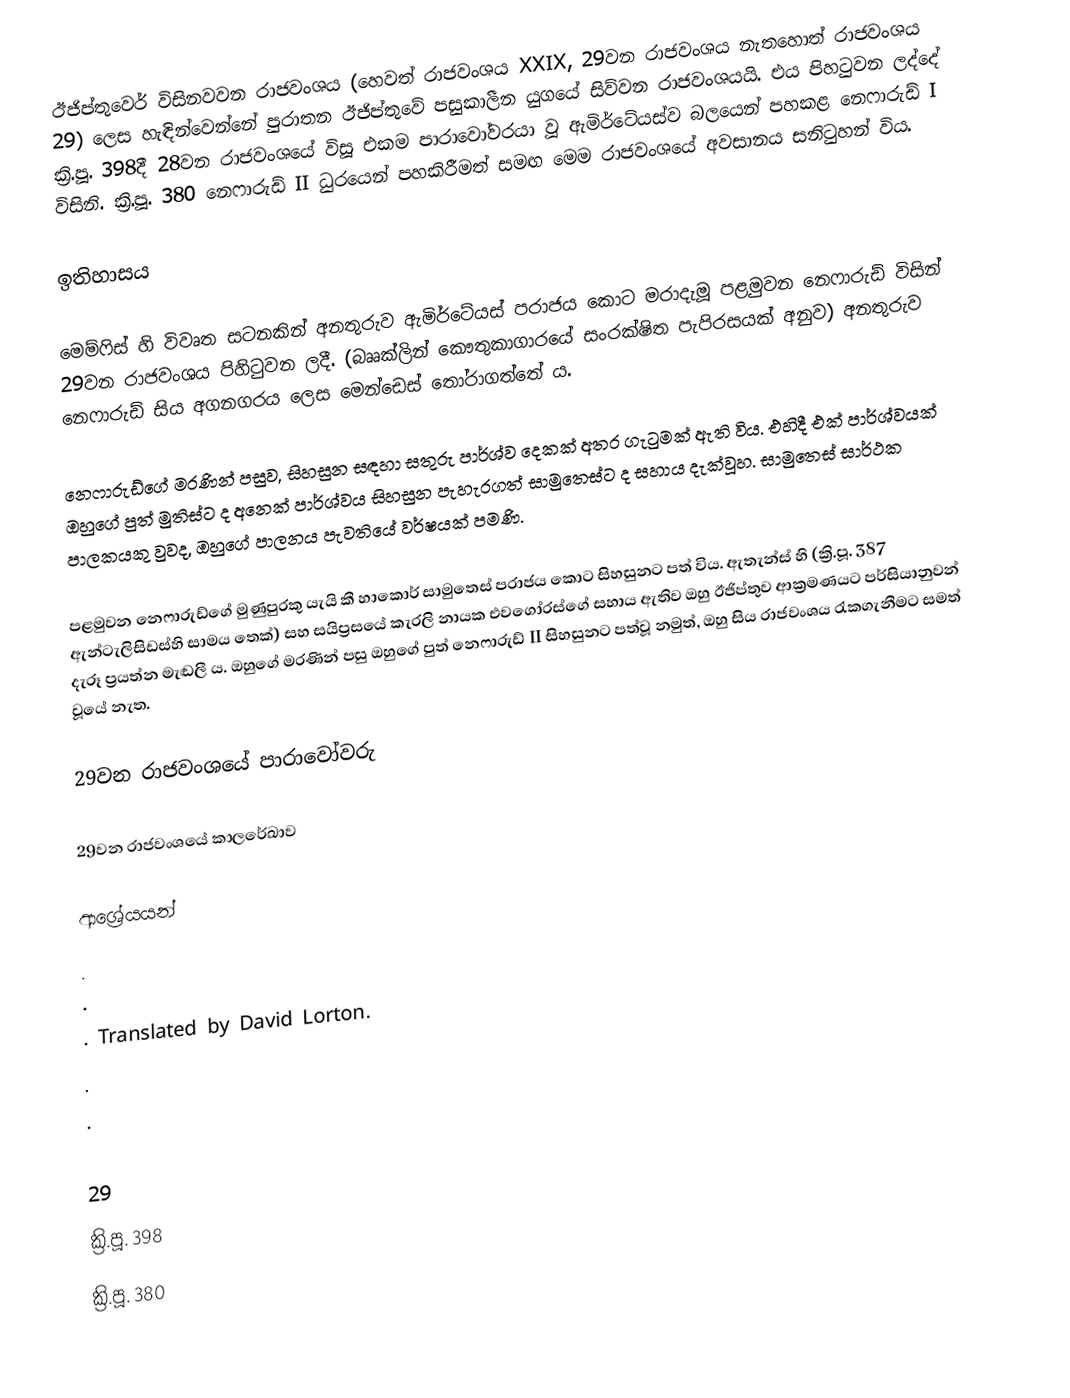
ඊජිප්තුවෙර් විසිනවවන රාජවංශය (හෙවත් රාජවංශය XXIX, 29වන රාජවංශය නැතහොත් රාජවංශය 29) ලෙස හැඳින්වෙන්නේ පුරාතන ඊජිප්තුවේ පසුකාලීන යුගයේ සිව්වන රාජවංශයයි. එය පිහටුවන ලද්දේ ක්‍රි.පූ. 398දී 28වන රාජවංශයේ විසූ එකම පාරාවෝවරයා වූ ඇමිර්ටේයස්ව බලයෙන් පහකළ නෙෆාරුඩ් I විසිනි. ක්‍රි.පූ. 380 නෙෆාරුඩ් II ධුරයෙන් පහකිරීමත් සමඟ මෙම රාජවංශයේ අවසානය සනිටුහන් විය.

ඉතිහාසය

මෙම්ෆිස් හි විවෘත සටනකින් අනතුරුව ඇමිර්ටේයස් පරාජය කොට මරාදැමූ පළමුවන නෙෆාරුඩ් විසින් 29වන රාජවංශය පිහිටුවන ලදී. (බෲක්ලින් කෞතුකාගාරයේ සංරක්ෂිත පැපිරසයක් අනුව) අනතුරුව නෙෆාරුඩ් සිය අගනගරය ලෙස මෙන්ඩෙස් තෝරාගත්තේ ය.

නෙෆාරුඩ්ගේ මරණින් පසුව, සිහසුන සඳහා සතුරු පාර්ශ්ව දෙකක් අතර ගැටුමක් ඇති විය. එහිදී එක් පාර්ශ්වයක් ඔහුගේ පුත් මුතිස්ට ද අනෙක් පාර්ශ්වය සිහසුන පැහැරගත් සාමුතෙස්ට ද සහාය දැක්වූහ. සාමුතෙස් සාර්ථක පාලකයකු වුවද, ඔහුගේ පාලනය පැවතියේ වර්ෂයක් පමණි.

පළමුවන නෙෆාරුඩ්ගේ මුණුපුරකු යැයි කී හාකොර් සාමුතෙස් පරාජය කොට සිහසුනට පත් විය. ඇතැන්ස් හි (ක්‍රි.පූ. 387 ඇන්ටැලිසිඩස්හි සාමය තෙක්) සහ සයිප්‍රසයේ කැරලි නායක එවගෝරස්ගේ සහාය ඇතිව ඔහු ඊජිප්තුව ආක්‍රමණයට පර්සියානුවන් දැරූ ප්‍රයත්න මැඬලී ය. ඔහුගේ මරණින් පසු ඔහුගේ පුත් නෙෆාරුඩ් II සිහසුනට පත්වූ නමුත්, ඔහු සිය රාජවංශය රැකගැනීමට සමත් වූයේ නැත.

29වන රාජවංශයේ පාරාවෝවරු

29වන රාජවංශයේ කාලරේඛාව

ආශ්‍රේයයන්
.
.
. Translated by David Lorton.
.
.

29
ක්‍රි.පූ. 398
ක්‍රි.පූ. 380